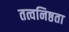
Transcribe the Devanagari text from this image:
तत्वनिष्ठता